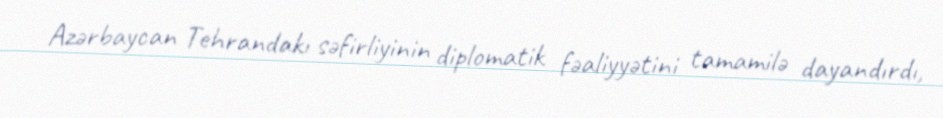
Azərbaycan Tehrandakı səfirliyinin diplomatik fəaliyyətini tamamilə dayandırdı,